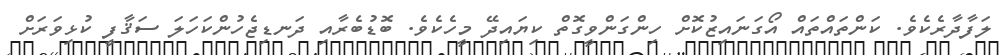
ލަފާދާރެކެވެ. ކަންތައްތައް އޯގަނައިޒުކޮށް ހިންގަންވީގޮތް ކިޔައިދޭ މީހެކެވެ. ބޮޑުބެރާއި ދަނޑިޖެހުންކަހަލަ ސަޤާފީ ކުޅިވަރަށް